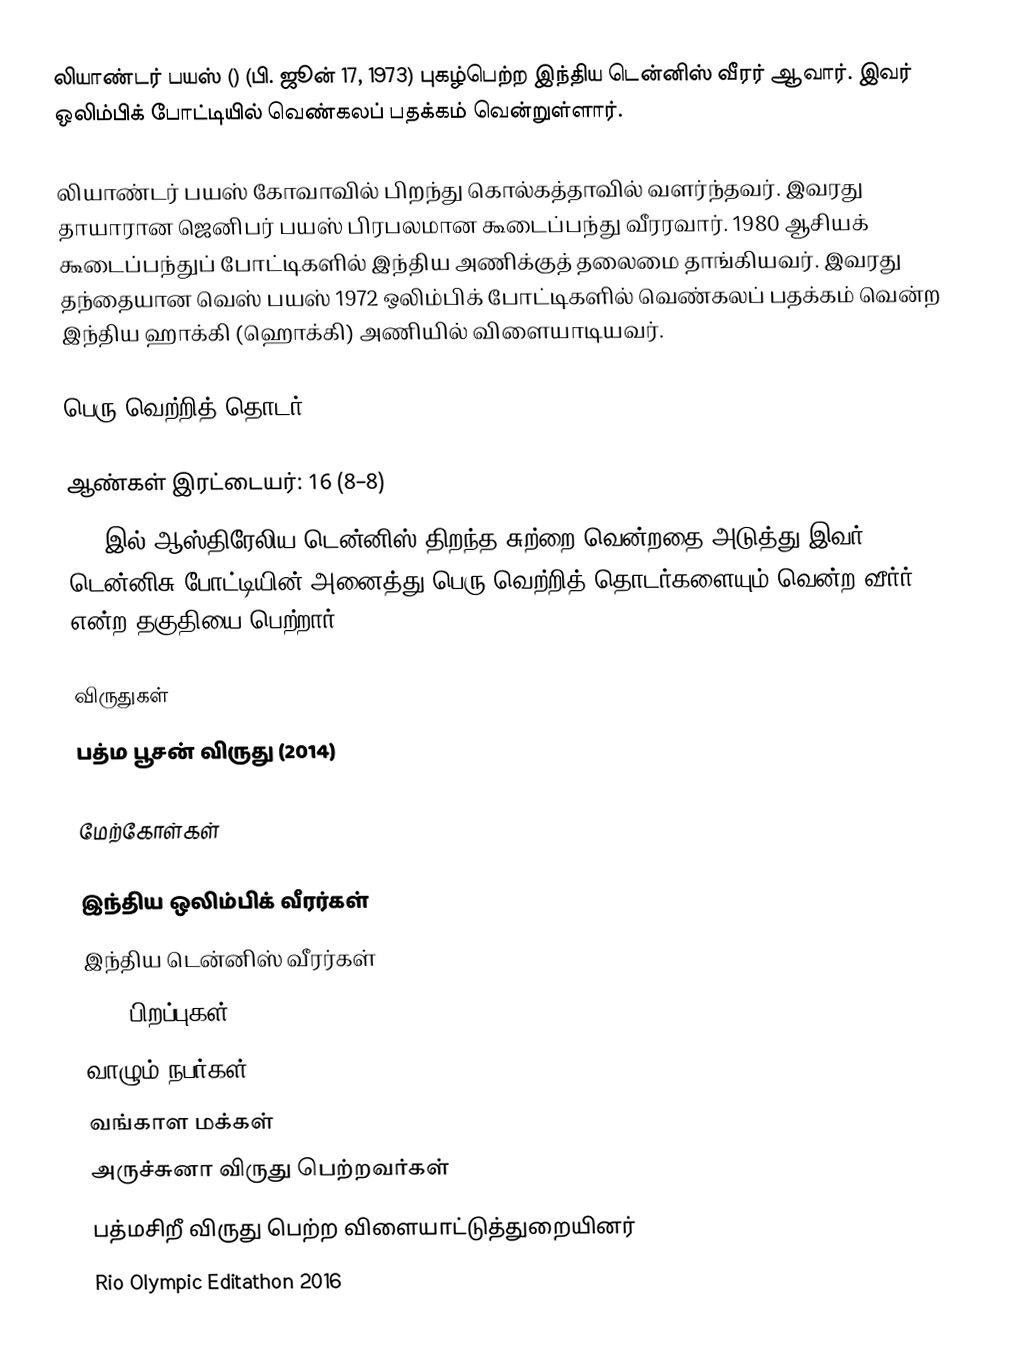
லியாண்டர் பயஸ் () (பி. ஜூன் 17, 1973) புகழ்பெற்ற இந்திய டென்னிஸ் வீரர் ஆவார். இவர் ஒலிம்பிக் போட்டியில் வெண்கலப் பதக்கம் வென்றுள்ளார்.

லியாண்டர் பயஸ் கோவாவில் பிறந்து கொல்கத்தாவில் வளர்ந்தவர். இவரது தாயாரான ஜெனிபர் பயஸ் பிரபலமான கூடைப்பந்து வீரரவார். 1980 ஆசியக் கூடைப்பந்துப் போட்டிகளில் இந்திய அணிக்குத் தலைமை தாங்கியவர். இவரது தந்தையான வெஸ் பயஸ் 1972 ஒலிம்பிக் போட்டிகளில் வெண்கலப் பதக்கம் வென்ற இந்திய ஹாக்கி (ஹொக்கி) அணியில் விளையாடியவர்.

பெரு வெற்றித் தொடர்

ஆண்கள் இரட்டையர்: 16 (8–8)
2012இல் ஆஸ்திரேலிய டென்னிஸ் திறந்த சுற்றை வென்றதை அடுத்து இவர் டென்னிசு போட்டியின் அனைத்து பெரு வெற்றித் தொடர்களையும் வென்ற வீர்ர் என்ற தகுதியை பெற்றார்.

விருதுகள்
 பத்ம பூசன் விருது (2014)

மேற்கோள்கள்

இந்திய ஒலிம்பிக் வீரர்கள்
இந்திய டென்னிஸ் வீரர்கள்
1973 பிறப்புகள்
வாழும் நபர்கள்
வங்காள மக்கள்
அருச்சுனா விருது பெற்றவர்கள்
பத்மசிறீ விருது பெற்ற விளையாட்டுத்துறையினர்
Rio Olympic Editathon 2016